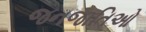
જનજાતિઓ